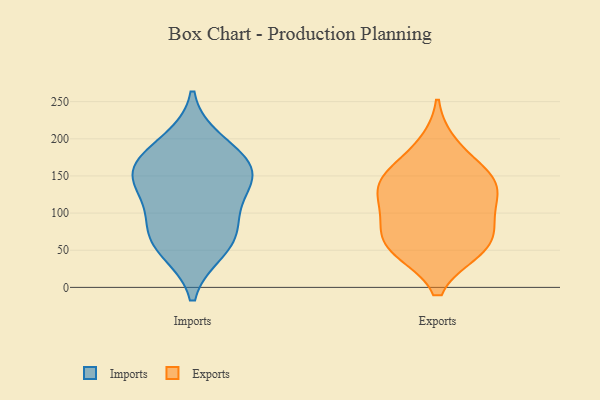
{"axis": {"x": "Customer Acquisition Cost (USD)", "y": "Value"}, "legend": ["Exports", "Imports"], "data": [{"x": "", "y": 196, "type": "Imports"}, {"x": "", "y": 50, "type": "Imports"}, {"x": "", "y": 60, "type": "Imports"}, {"x": "", "y": 95, "type": "Imports"}, {"x": "", "y": 148, "type": "Imports"}, {"x": "", "y": 164, "type": "Imports"}, {"x": "", "y": 172, "type": "Imports"}, {"x": "", "y": 76, "type": "Imports"}, {"x": "", "y": 147, "type": "Imports"}, {"x": "", "y": 132, "type": "Imports"}, {"x": "", "y": 103, "type": "Exports"}, {"x": "", "y": 119, "type": "Exports"}, {"x": "", "y": 150, "type": "Exports"}, {"x": "", "y": 153, "type": "Exports"}, {"x": "", "y": 50, "type": "Exports"}, {"x": "", "y": 84, "type": "Exports"}, {"x": "", "y": 50, "type": "Exports"}, {"x": "", "y": 140, "type": "Exports"}, {"x": "", "y": 192, "type": "Exports"}, {"x": "", "y": 53, "type": "Exports"}, {"x": "", "y": 135, "type": "Exports"}, {"x": "", "y": 73, "type": "Exports"}]}